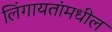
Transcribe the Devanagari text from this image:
लिंगायतांमधील